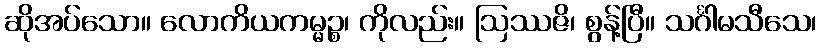
ဆိုအပ်သော။ လောကိယကမ္မဉ္စ၊ ကိုလည်း။ ဩဿဇိ၊ စွန့်ပြီ။ သင်္ဂါမသီသေ၊